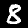
Label: 8